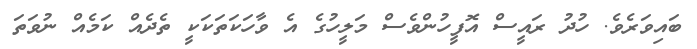
ބައިވަރެވެ. ހުދު ރައީސް އޮފީހުންވެސް މަލީހުގެ އެ ވާހަކަތަކަކީ ތެދެއް ކަމެއް ނުވަތަ